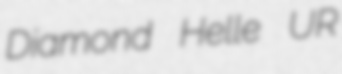
Diamond Helle UR